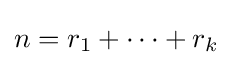
n=r_{1}+\cdots +r_{k}